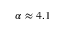
\alpha \approx 4 . 1